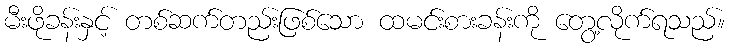
မီးဖိုခန်းနှင့် တစ်ဆက်တည်းဖြစ်သော ထမင်းစားခန်းကို တွေ့လိုက်ရသည်။